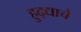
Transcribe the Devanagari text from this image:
हुद्द्याचे